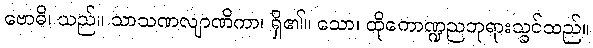
ဗောဓိ၊ သည်။ သာသဏလျာဏိကာ၊ ရှိ၏။ သော၊ ထိုကောဏ္ဍညဘုရားသ္ခင်သည်။